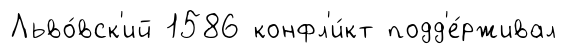
Льво́вск'ий 1586 конфл'и́кт подд'е́рживал